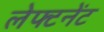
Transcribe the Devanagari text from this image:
लेफ्टनेंट